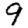
Digit: 9